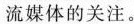
流媒体的关注。